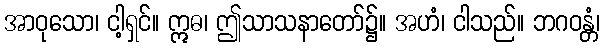
အာဝုသော၊ ငါ့ရှင်။ ဣဓ၊ ဤသာသနာတော်၌။ အဟံ၊ ငါသည်။ ဘဂဝန္တံ၊